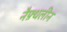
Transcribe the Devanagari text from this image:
नैफ़्थलीन